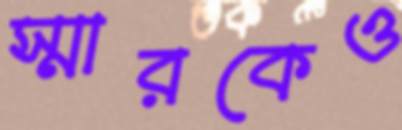
স্মারকেও